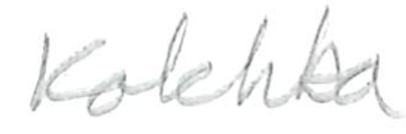
Text: Kokhba
Cross-out: clean
Writing tool: pencil